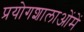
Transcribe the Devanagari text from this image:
प्रयोगशालाओंमें